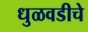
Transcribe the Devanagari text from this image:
धुळवडीचे